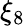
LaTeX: \xi_{8}